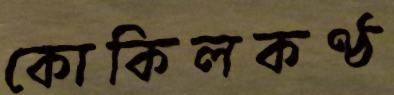
কোকিলকণ্ঠ